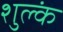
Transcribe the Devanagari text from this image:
शुल्कं